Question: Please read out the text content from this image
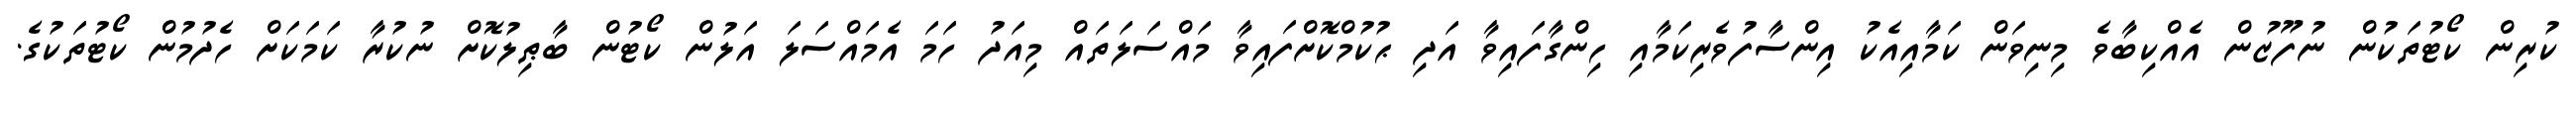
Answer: ކުރިން ކޯޓުތަކުން ނުފޫޒުން އެއްކިބާވެ މިނިވަން ކަމާއިއެކު އިންސާފުވެރިކަމާއި ހިންގާފައިވާ އަދި ޙުކުމްކޮށްފައިވާ މައްސަލަތައް މިއަދު ހަމަ އެމައްސަލަ އަލުން ކޯޓުން ބާޠިލުކޮށް ނުކުރާ ކަމަކަށް ހެދުމުން ކޯޓުތަކުގެ.